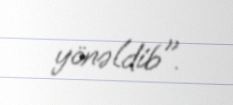
yönəldib".